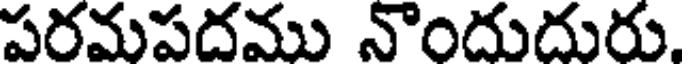
పరమపదము నొందుదురు.